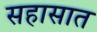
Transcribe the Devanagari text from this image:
सहासात